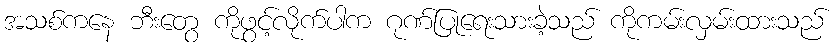
အသစ်ကနေ ဘီးတွေ ကိုဖွင့်လိုက်ပါက ဂုဏ်ပြုရေးသားခဲ့သည် ကိုကမ်းလှမ်းထားသည်